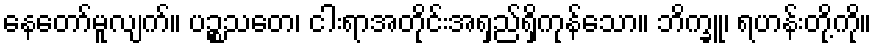
နေတော်မူလျက်။ ပဉ္စသတေ၊ ငါးရာအတိုင်းအရှည်ရှိကုန်သော။ ဘိက္ခူ၊ ရဟန်းတို့ကို။